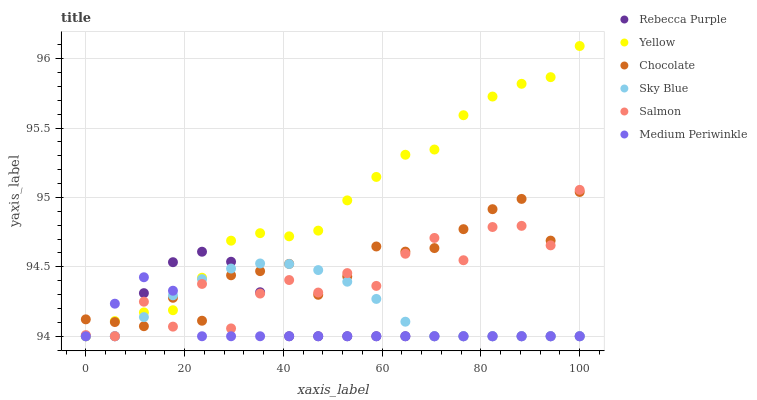
| xaxis_label | Rebecca Purple | Yellow | Chocolate | Sky Blue | Salmon | Medium Periwinkle |
 | --- | --- | --- | --- | --- | --- | --- |
 | 0 | 94 | 94 | 94.1 | 94 | 94 | 94 |
 | 5.88 | 94 | 94.1 | 94.1 | 94 | 94 | 94.2 |
 | 11.8 | 94.3 | 94.2 | 94.1 | 94.1 | 94.2 | 94.4 |
 | 17.6 | 94.5 | 94.2 | 94.3 | 94.3 | 94.1 | 94.3 |
 | 23.5 | 94.6 | 94.4 | 94.1 | 94.4 | 94.4 | 94 |
 | 29.4 | 94.5 | 94.7 | 94.4 | 94.5 | 94.1 | 94 |
 | 35.3 | 94.3 | 94.7 | 94.5 | 94.5 | 94.3 | 94 |
 | 41.2 | 94 | 94.7 | 94.5 | 94.5 | 94.4 | 94 |
 | 47.1 | 94 | 94.8 | 94.3 | 94.5 | 94.3 | 94 |
 | 52.9 | 94 | 95 | 94.4 | 94.4 | 94.5 | 94 |
 | 58.8 | 94 | 95.1 | 94.6 | 94.3 | 94.4 | 94 |
 | 64.7 | 94 | 95.3 | 94.6 | 94.1 | 94.6 | 94 |
 | 70.6 | 94 | 95.3 | 94.6 | 94 | 94.7 | 94 |
 | 76.5 | 94 | 95.6 | 94.8 | 94 | 94.5 | 94 |
 | 82.4 | 94 | 95.7 | 94.9 | 94 | 94.8 | 94 |
 | 88.2 | 94 | 95.8 | 95 | 94 | 94.8 | 94 |
 | 94.1 | 94 | 95.9 | 94.7 | 94 | 94.7 | 94 |
 | 100 | 94 | 96.1 | 95 | 94 | 95.1 | 94 |